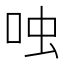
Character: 𫩮